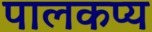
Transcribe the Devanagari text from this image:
पालकप्य